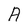
Character: A